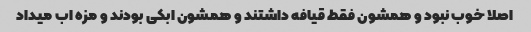
اصلا خوب نبود و همشون فقط قیافه داشتند و همشون ابکی بودند و مزه اب میداد